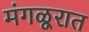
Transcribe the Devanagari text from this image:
मंगळूरात